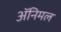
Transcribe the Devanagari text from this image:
ॲनिमल